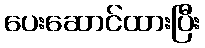
ပေးဆောင်ထားပြီး